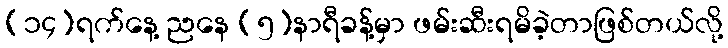
(၁၄)ရက်နေ့ ညနေ (၅)နာရီခန့်မှာ ဖမ်းဆီးရမိခဲ့တာဖြစ်တယ်လို့